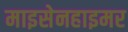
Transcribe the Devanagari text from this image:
माइसेनहाइमर